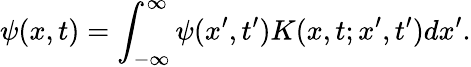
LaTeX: \psi(x,t)=\int_{-\infty}^{\infty}\psi(x^{\prime},t^{\prime})K(x,t;x^{\prime},t^{\prime})dx^{\prime}.